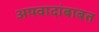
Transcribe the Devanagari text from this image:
अपवादांबाबत